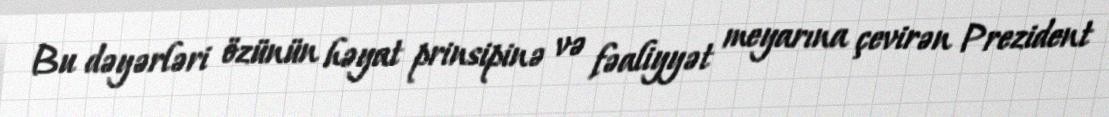
Bu dəyərləri özünün həyat prinsipinə və fəaliyyət meyarına çevirən Prezident